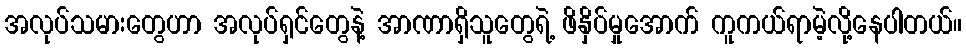
အလုပ်သမားတွေဟာ အလုပ်ရှင်တွေနဲ့ အာဏာရှိသူတွေရဲ့ ဖိနှိပ်မှုအောက် ကူကယ်ရာမဲ့လို့နေပါတယ်။